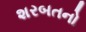
શરબતનો